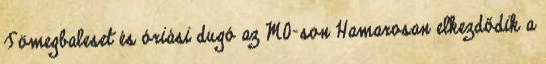
Tömegbaleset és óriási dugó az M0-son Hamarosan elkezdődik a